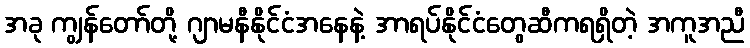
အခု ကျွန်တော်တို့ ဂျာမနီနိုင်ငံအနေနဲ့ အာရပ်နိုင်ငံတွေဆီကရရှိတဲ့ အကူအညီ